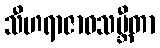
သီဟရာဇာဝသမ္ဘီတာ